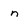
Character: n